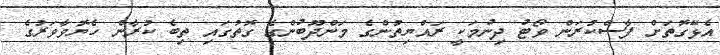
އެޅޭގޮތަށް ފާސްކުރަން ވޯޓު ދިނުމަކީ ރައްޔިތުންގެ މަންދޫބުންގެ ގޮތުގައި ތިބެ ކުރާން ހެޔޮވާވަރުގެ